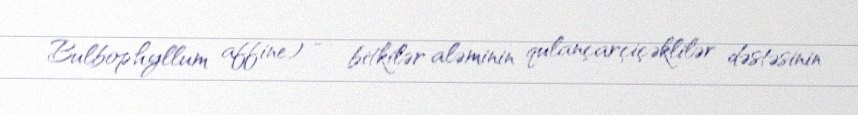
Bulbophyllum affine) — bitkilər aləminin qulançarçiçəklilər dəstəsinin